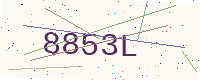
Text: 8853L